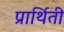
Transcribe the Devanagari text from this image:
प्रार्थिती